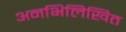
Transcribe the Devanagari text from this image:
अनभिलिखित